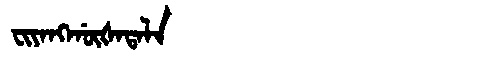
Manchu: ᠸᡳᠶᠠᠩᡤᡡᡧᠠᡨᠠᠯᠠ
Romanization: FIYANGGŪŠATALA